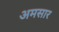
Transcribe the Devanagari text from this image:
अमसार